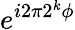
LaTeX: e^{i2\pi 2^{k}\phi}